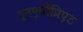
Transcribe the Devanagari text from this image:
इनएप्रोप्रिएट